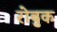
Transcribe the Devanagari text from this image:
रोबुक